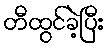
တီထွင်ခဲ့ပြီး